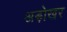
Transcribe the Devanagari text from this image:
अड़ोखर